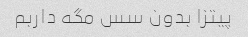
پیتزا بدون سس مگه داربم